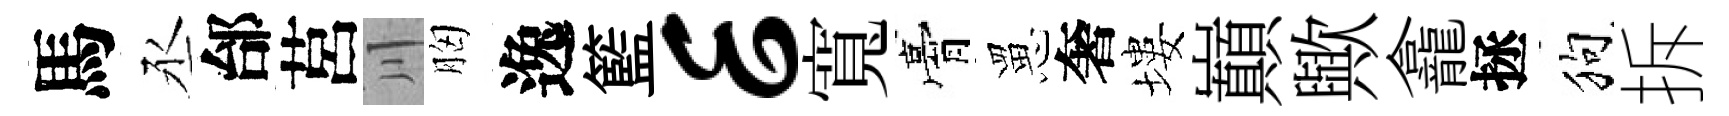
馬丞邰莒川胸逸籃E寬膏罳奢塿巔歟龕拯狗拆